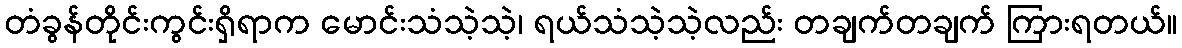
တံခွန်တိုင်းကွင်းရှိရာက မောင်းသံသဲ့သဲ့၊ ရယ်သံသဲ့သဲ့လည်း တချက်တချက် ကြားရတယ်။